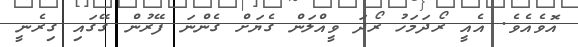
އޮވެއެވެ. އެއީ ރޯދަމަހު ރޯދަ ވީއްލަން ގެޔަށް ގެންނަ ފޭރުން ގޭގައި ގިރެނީ